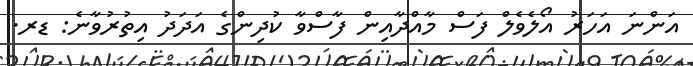
އަންނަ އަހަރު އޯލެވެލް ފަސް މާއްދާއިން ފާސްވާ ކުދިންގެ އަދަދު އިތުރުވާނެ: ޑރ.